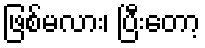
ဖြစ်မလား၊ ပြီးတော့